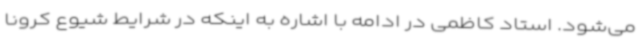
می‌شود. استاد کاظمی در ادامه با اشاره به اینکه در شرایط شیوع کرونا